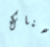
هناك